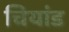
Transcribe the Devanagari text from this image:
चियांड